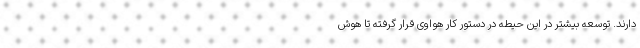
دارند. توسعه بیشتر در این حیطه در دستور کار هواوی قرار گرفته تا هوش